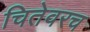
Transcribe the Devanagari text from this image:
चितेवरच